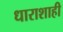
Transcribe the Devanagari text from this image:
धाराशाही